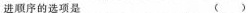
进顺序的选项是()